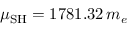
\mu _ { \mathrm { S H } } = 1 7 8 1 . 3 2 \, m _ { e }